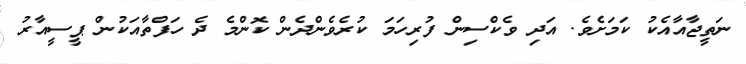
ނަތީޖާއާއެކު ކަމަށެވެ. އަދި ވެކްސިން ފުރިހަމަ ކުރެވެންދެން ކޮންމެ ދެ ހަފްތާއަކުން ޕީސީއާރު